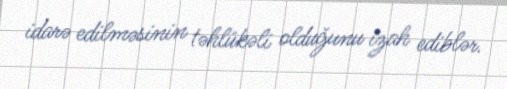
idarə edilməsinin təhlükəli olduğunu izah ediblər.